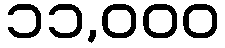
၁၁,၀၀၀